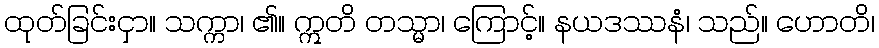
ထုတ်ခြင်းငှာ။ သက္ကာ၊ ၏။ ဣတိ တသ္မာ၊ ကြောင့်။ နယဒဿနံ၊ သည်။ ဟောတိ၊